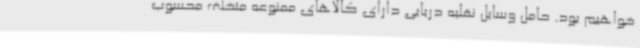
خواهیم بود. حامل وسایل نقلیه دریایی دارای کالاهای ممنوعه متخلف محسوب